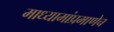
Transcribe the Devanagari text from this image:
माध्यामांप्रमाणेच